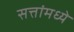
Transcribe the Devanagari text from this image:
सत्तांमध्ये